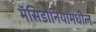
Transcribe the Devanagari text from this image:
मॅसिडोनियामधील